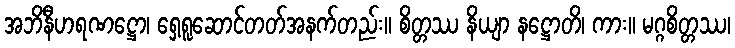
အဘိနီဟရဏဋ္ဌော၊ ရှေ့ရူဆောင်တတ်အနက်တည်း။ စိတ္တဿ နိယျာ နဋ္ဌောတိ၊ ကား။ မဂ္ဂစိတ္တဿ၊